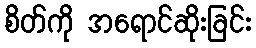
စိတ်ကို အရောင်ဆိုးခြင်း